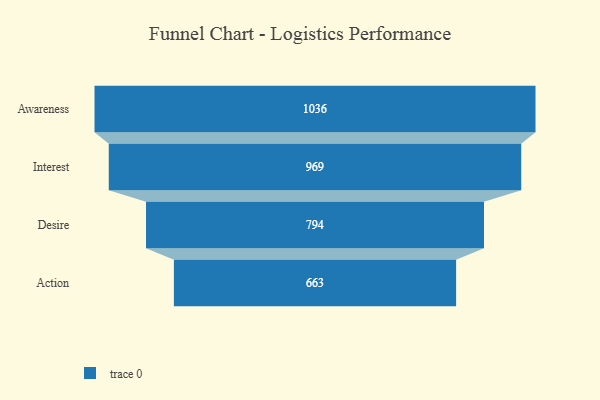
{"axis": {"x": "Stage", "y": "Value"}, "legend": [""], "data": [{"x": "Awareness", "y": 1036.0, "type": ""}, {"x": "Interest", "y": 969.0, "type": ""}, {"x": "Desire", "y": 794.0, "type": ""}, {"x": "Action", "y": 663.0, "type": ""}]}